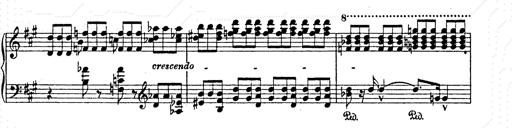
Title: AnnÃ©es de pÃ¨lerinage II
Composer: Franz Liszt